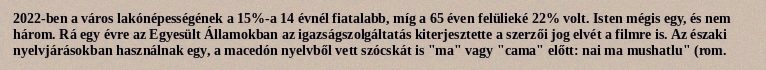
2022-ben a város lakónépességének a 15%-a 14 évnél fiatalabb, míg a 65 éven felülieké 22% volt. Isten mégis egy, és nem három. Rá egy évre az Egyesült Államokban az igazságszolgáltatás kiterjesztette a szerzői jog elvét a filmre is. Az északi nyelvjárásokban használnak egy, a macedón nyelvből vett szócskát is "ma" vagy "cama" előtt: nai ma mushatlu" (rom.